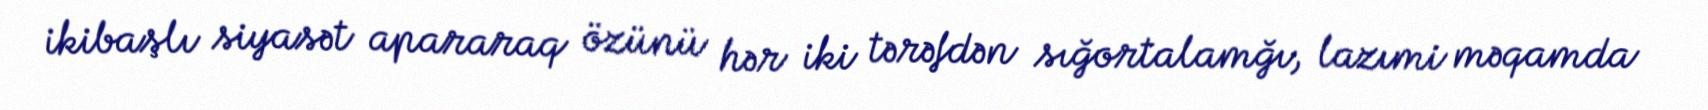
ikibaşlı siyasət apararaq özünü hər iki tərəfdən sığortalamğı, lazımi məqamda